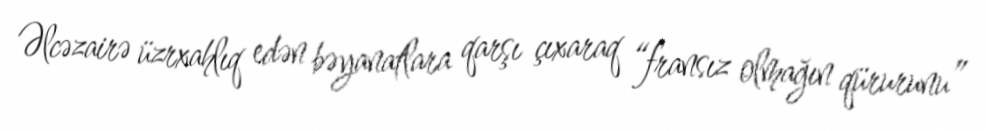
Əlcəzairə üzrxahlıq edən bəyanatlara qarşı çıxaraq “fransız olmağın qürurunu”